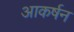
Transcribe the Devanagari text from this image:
आकर्षन